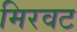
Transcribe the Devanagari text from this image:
मिरवट